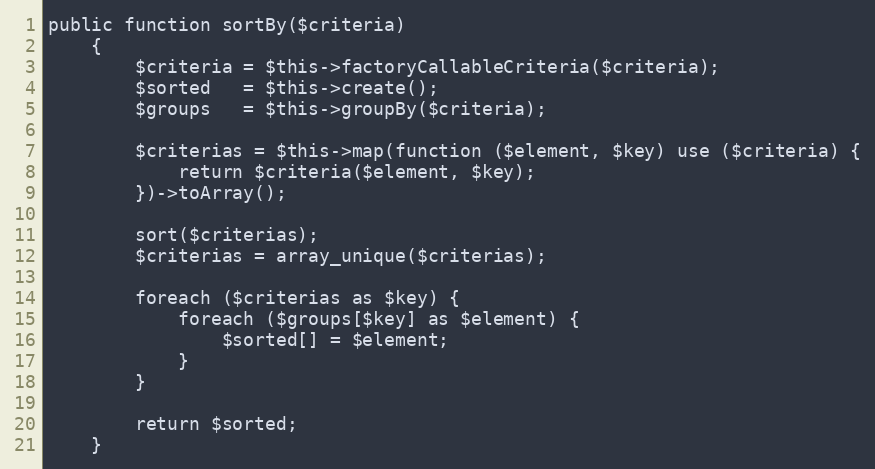
Language: PHP
public function sortBy($criteria)
    {
        $criteria = $this->factoryCallableCriteria($criteria);
        $sorted   = $this->create();
        $groups   = $this->groupBy($criteria);

        $criterias = $this->map(function ($element, $key) use ($criteria) {
            return $criteria($element, $key);
        })->toArray();

        sort($criterias);
        $criterias = array_unique($criterias);

        foreach ($criterias as $key) {
            foreach ($groups[$key] as $element) {
                $sorted[] = $element;
            }
        }

        return $sorted;
    }